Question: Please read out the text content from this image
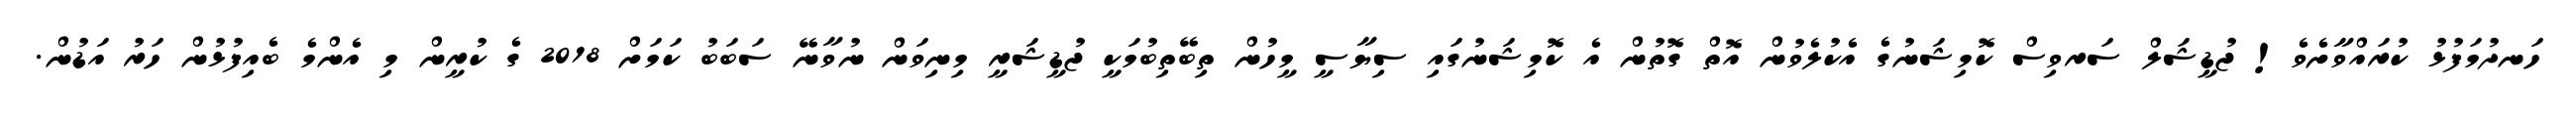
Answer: ހަނދުމަފުޅު ކުރައްވާށެވެ! ޖުޑީޝަލް ސަރވިސް ކޮމިޝަނުގެ އެކުލެވުން އޮތް ގޮތުން އެ ކޮމިޝަނުގައި ސިޔާސީ މީހުން ތިބޭތިބުމަކީ ޖުޑީޝަރީ މިނިވަން ނުވާނޭ ސަބަބު ކަމަށް 2018 ގެ ކުރީން މި އެންމެ ބެއިފުޅުން ހަރު އަޑުން.